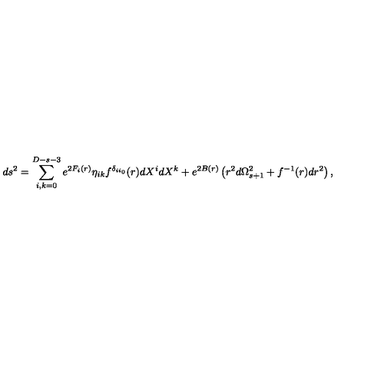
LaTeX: d s ^ { 2 } = \sum _ { i , k = 0 } ^ { D - s - 3 } e ^ { 2 F _ { i } ( r ) } \eta _ { i k } f ^ { \delta _ { i i _ { 0 } } } ( r ) d X ^ { i } d X ^ { k } + e ^ { 2 B ( r ) } \left( r ^ { 2 } d \Omega _ { s + 1 } ^ { 2 } + f ^ { - 1 } ( r ) d r ^ { 2 } \right) ,